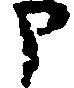
申